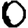
Digit: 0